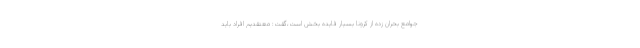
جوامع بحران زده از کرونا بسیار فایده بخش است،گفت: معتقدیم افراد باید